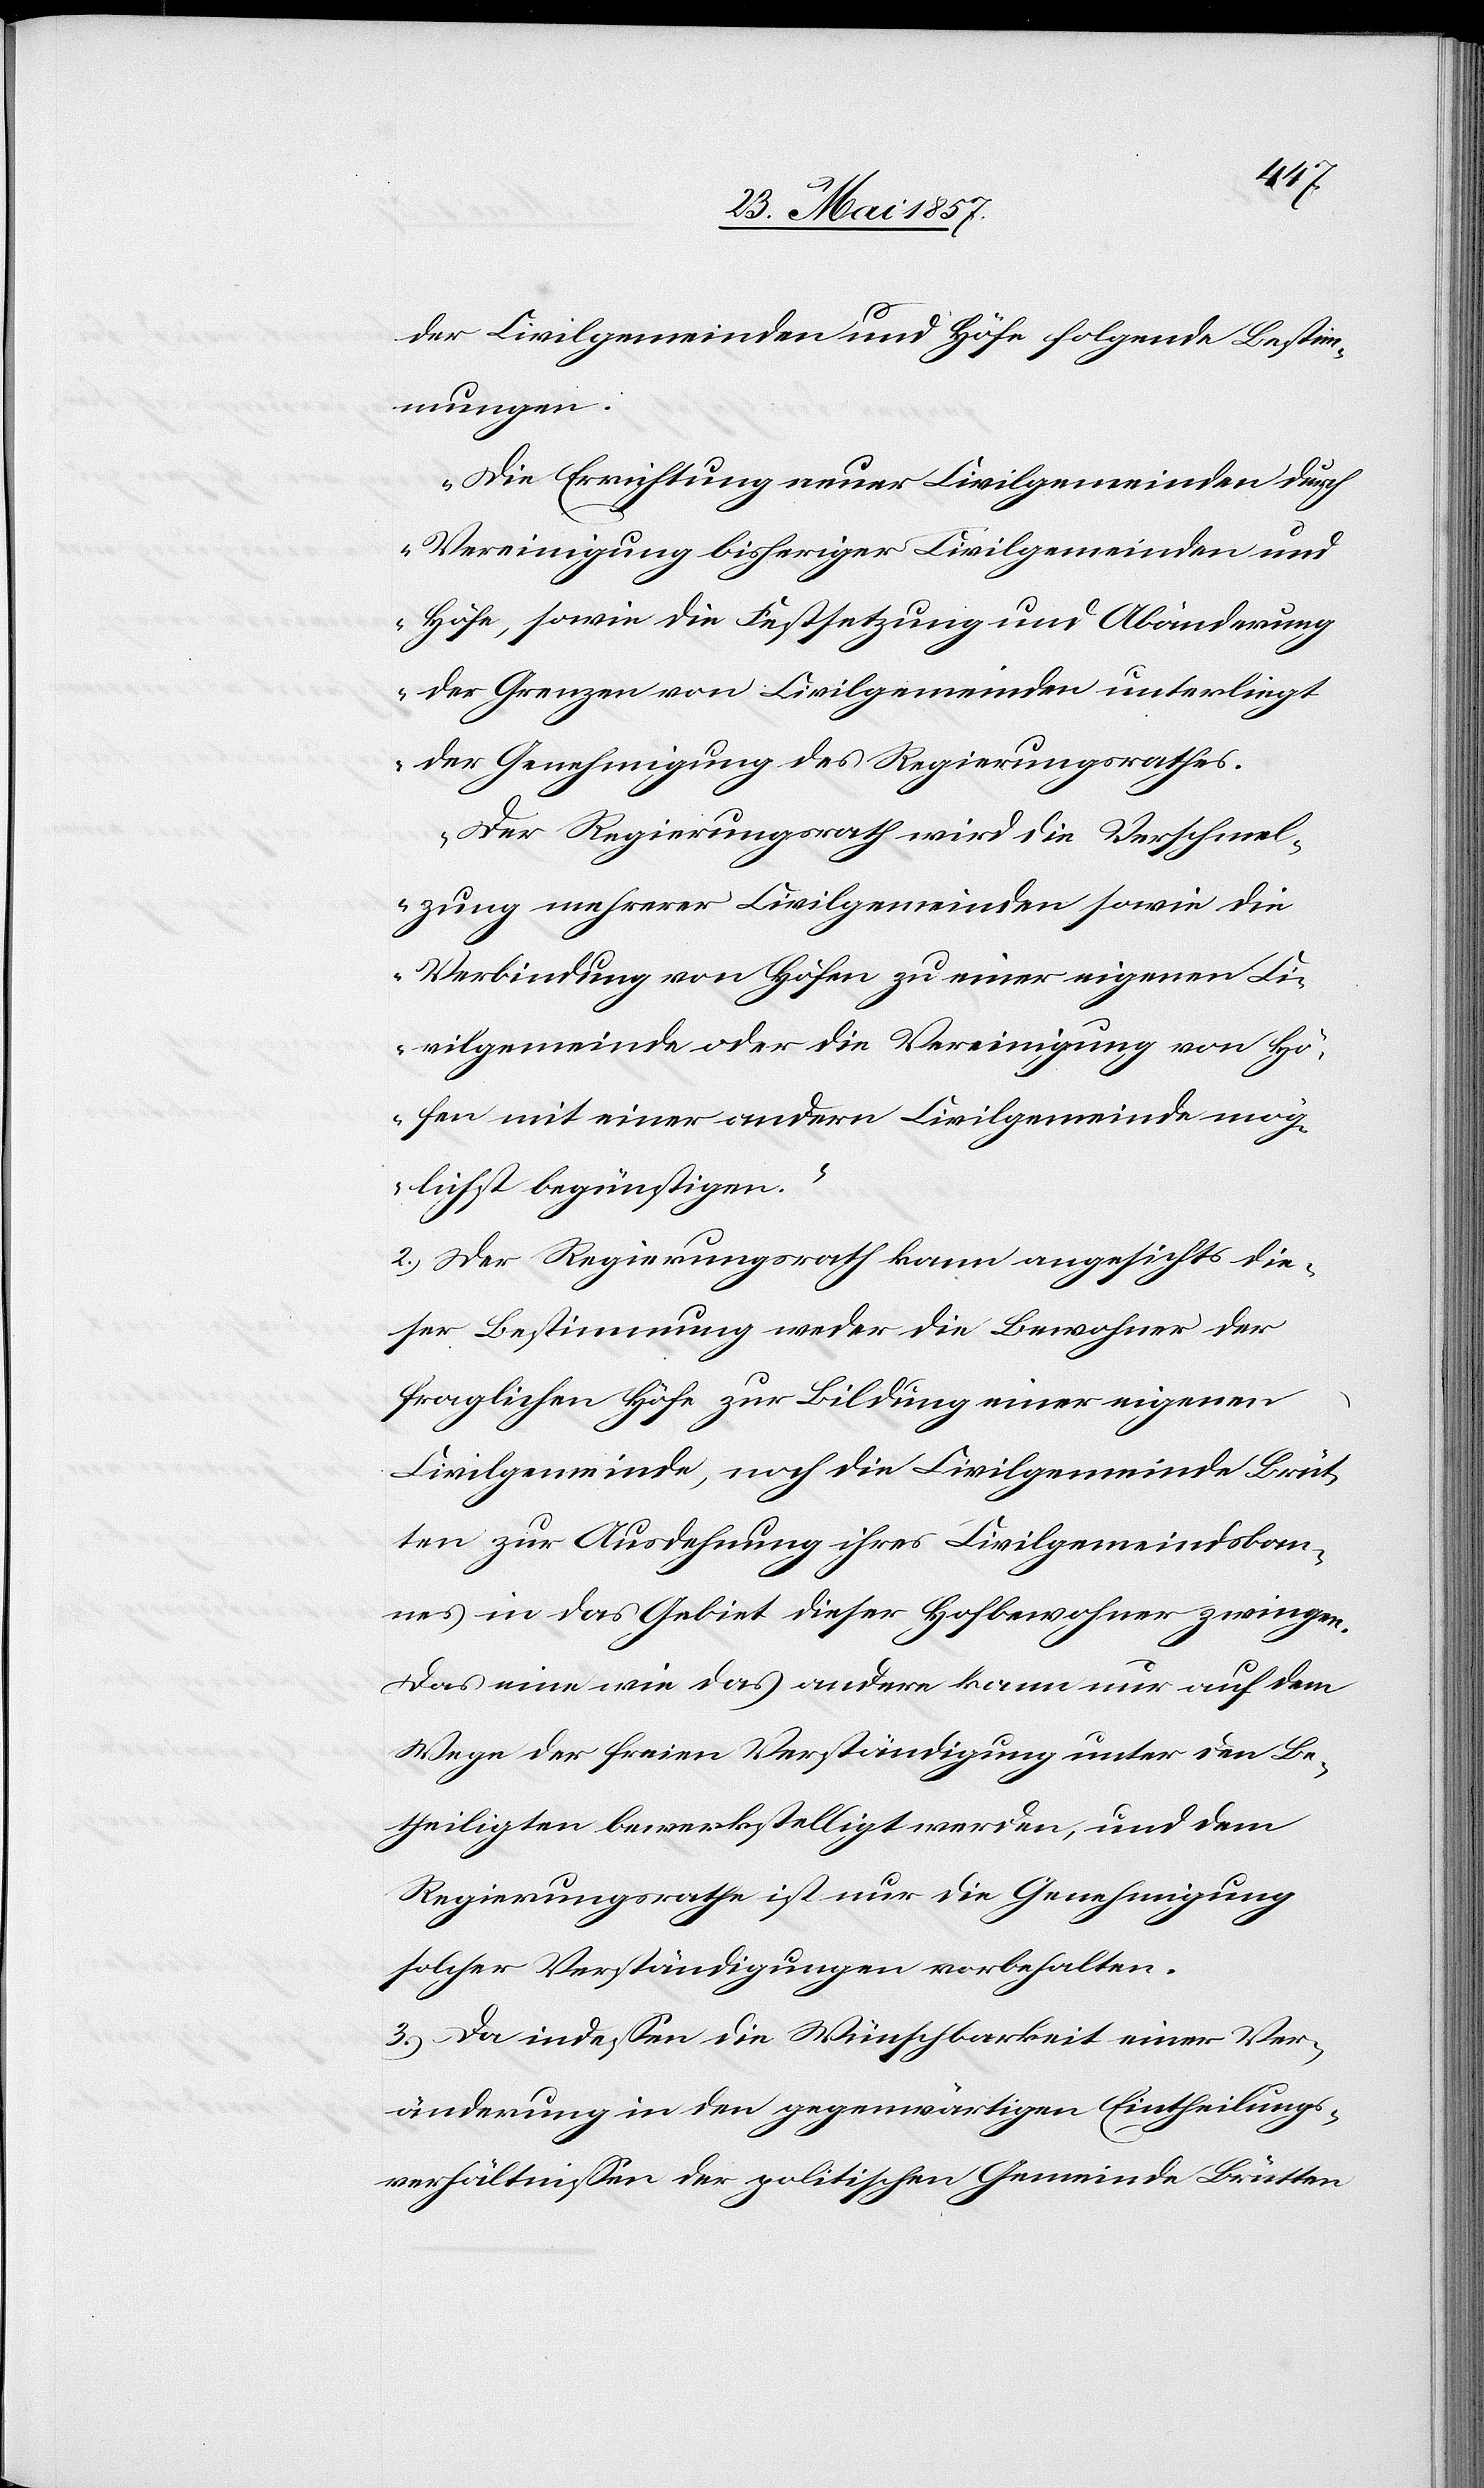
der Civilgemeinden und Höfe folgende Bestim¬
mungen:
„Die Errichtung neuer Civilgemeinden durch
Vereinigung bisheriger Civilgemeinden und
Höfe, sowie die Festsetzung und Abänderung
der Grenzen von Civilgemeinden unterliegt
der Genehmigung des Regierungsrathes.
Der Regierungsrath wird die Verschmel¬
zung mehrerer Civilgemeinden sowie die
Verbindung von Höfen zu einer eigenen Ci¬
vilgemeinde oder die Vereinigung von Hö¬
fen mit einer andern Civilgemeinde mög¬
lichst begünstigen.“
2.) Der Regierungsrath kann angesichts die¬
ser Bestimmung weder die Bewohner der
fraglichen Höfe zu Bildung einer eigenen
Civilgemeinde, noch die Civilgemeinde Brüt¬
ten zur Ausdehnung ihres Civilgemeindsban¬
nes in das Gebiet dieser Hofbewohner zwingen.
Das eine wie das andere kann nur auf dem
Wege der freien Verständigung unter den Be¬
theiligten bewerkstelligt werden, und dem
Regierungsrathe ist nur die Genehmigung
solcher Verständigungen vorbehalten.
3.) Da indessen die Wünschbarkeit einer Ver¬
änderung in den gegenwärtigen Eintheilungs¬
verhältnissen der politischen Gemeinde Brütten